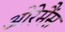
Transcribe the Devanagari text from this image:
ओरेमैंस